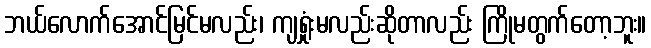
ဘယ်လောက်အောင်မြင်မလည်း၊ ကျရှုံးမလည်းဆိုတာလည်း ကြိုမတွက်တော့ဘူး။